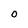
Character: 0